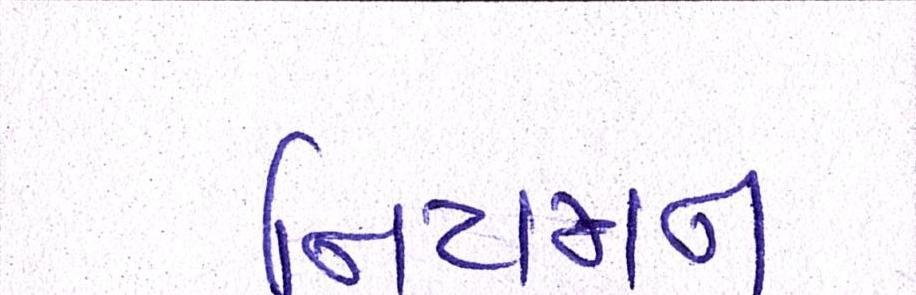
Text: નિયમન